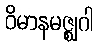
ဝိမာနမဇ္ဈဂါ